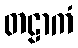
တဠာကံ